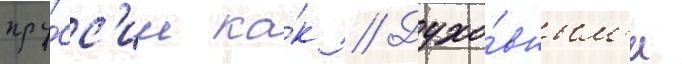
пру́сс'ии ка́к // Духо́вным'и